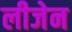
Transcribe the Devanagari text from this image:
लीजेन